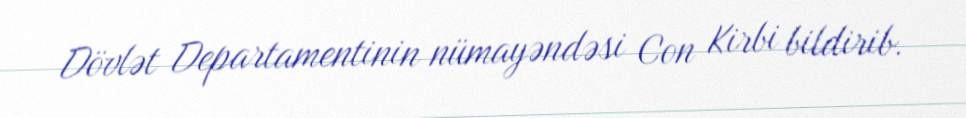
Dövlət Departamentinin nümayəndəsi Con Kirbi bildirib.